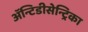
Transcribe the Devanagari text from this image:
ॲन्टिडीसेन्ट्रिका